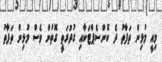
މިއީ މުޅިން ތަފާތު ދެ ކޮންސެޕްޓަކާއި ގުދުރަތީ ގޮތުން ވެސް މުޅިން ތަފާތު